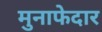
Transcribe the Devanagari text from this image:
मुनाफेदार